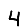
Digit: 4